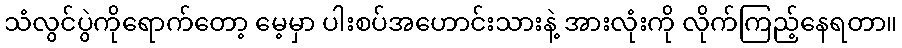
သံလွင်ပွဲကိုရောက်တော့ မေ့မှာ ပါးစပ်အဟောင်းသားနဲ့ အားလုံးကို လိုက်ကြည့်နေရတာ။